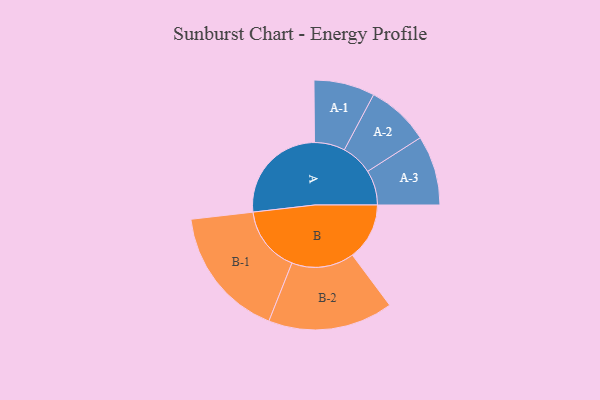
{"axis": {"x": "Segment", "y": "Value"}, "legend": ["", "A", "B"], "data": [{"x": "A", "y": 395, "type": ""}, {"x": "B", "y": 219, "type": ""}, {"x": "A-1", "y": 117, "type": "A"}, {"x": "A-2", "y": 121, "type": "A"}, {"x": "A-3", "y": 134, "type": "A"}, {"x": "B-1", "y": 254, "type": "B"}, {"x": "B-2", "y": 240, "type": "B"}]}